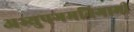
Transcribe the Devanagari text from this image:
अभ्युपगमनिगामी